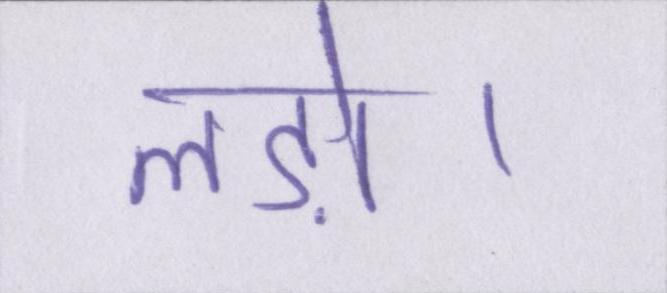
लड़ो।